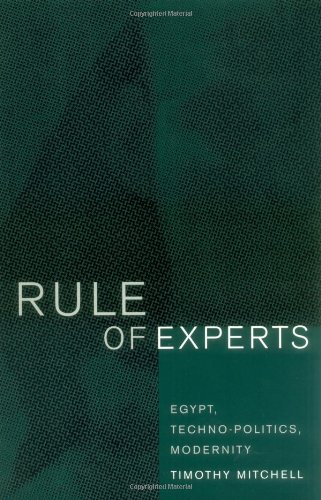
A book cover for Rule of Experts: Egypt, Techno-Politics, Modernity; Timothy Mitchell; Business & Money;